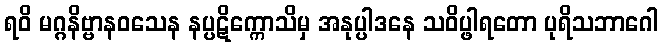
ရဝိ မဂ္ဂနိဗ္ဗာနဝသေန နပ္ပဋိက္ကောသိမှ အနုပ္ပါဒနေ သဝိပ္ဖါရတော ပုရိသဘာဂေါ